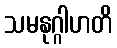
သမနုဂ္ဂါဟတိ